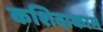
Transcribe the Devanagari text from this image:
कशिदाकाम